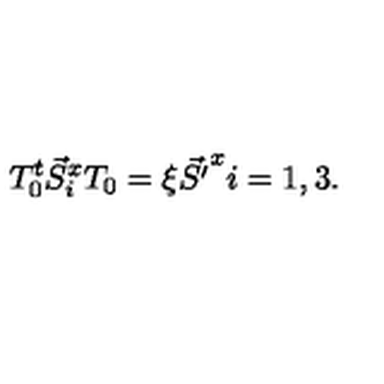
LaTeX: T _ { 0 } ^ { t } \vec { S } _ { i } ^ { x } T _ { 0 } = \xi \vec { S ^ { \prime } } ^ { x } i = 1 , 3 .